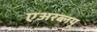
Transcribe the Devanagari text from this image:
एअरब्लयू